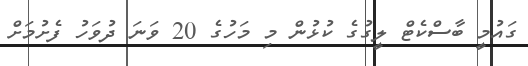
ގައުމީ ބާސްކެޓް ލީގުގެ ކުޅުން މި މަހުގެ 20 ވަނަ ދުވަހު ފެށުމަށް